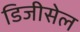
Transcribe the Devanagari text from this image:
डिजीसेल